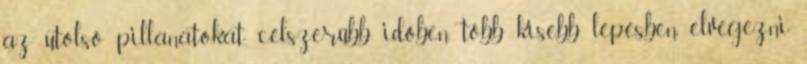
az utolsó pillanatokat, célszerűbb időben, több kisebb lépésben elvégezni